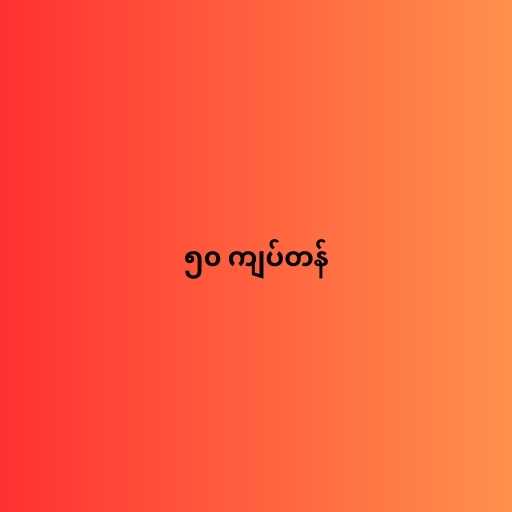
၅၀ ကျပ်တန်